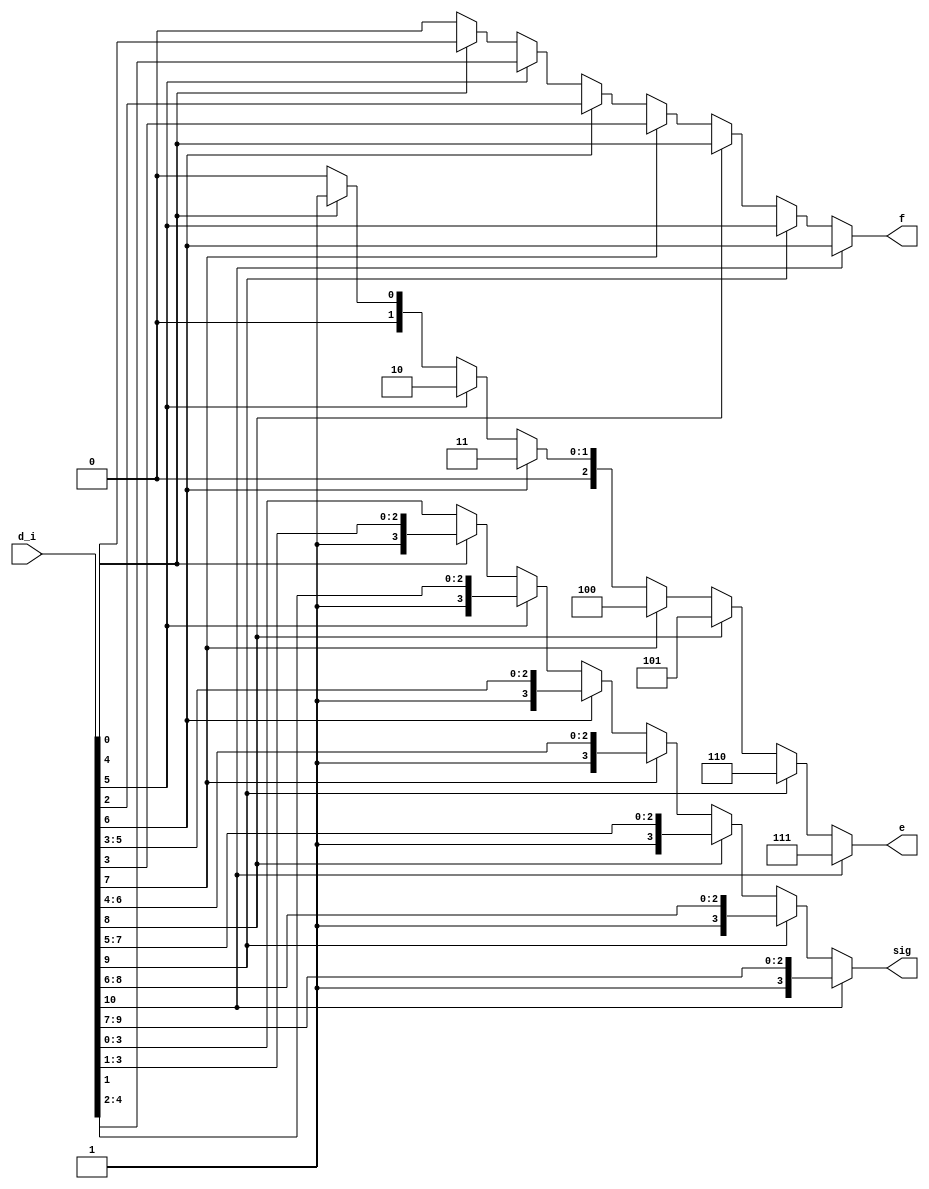
`timescale 1ns / 1ps
//////////////////////////////////////////////////////////////////////////////////
// Company: 
// Engineer: 
// 
// Design Name: 
// Module Name:    count_leading_zeros 
// Project Name: 
// Target Devices: 
// Tool versions: 
// Description: 
//
// Dependencies: 
//
// Revision: 
// Revision 0.01 - File Created
// Additional Comments: 
//
//////////////////////////////////////////////////////////////////////////////////
module count_leading_zeros(
	//Input
	d_i,
	//Output
	e, sig, f
    );

	input [10:0] d_i;
	
	reg [10:0] d;
	
	output reg [2:0] e;
	output reg [3:0] sig;
	output reg f;
	
	always @(*)
		begin
		
			d = d_i;

			if (d[10] == 1)
				begin
					e = 7;
					sig = d[10:7];
					f = d[6];
				end
			else if (d[9] == 1)
				begin
					e = 6;
					sig = d[9:6];
					f = d[5];
				end
			else if (d[8] == 1)
				begin
					e = 5;
					sig = d[8:5];
					f = d[4];
				end
			else if (d[7] == 1)
				begin
					e = 4;
					sig = d[7:4];
					f = d[3];
				end
			else if (d[6] == 1)
				begin
					e = 3;
					sig = d[6:3];
					f = d[2];
				end
			else if (d[5] == 1)
				begin
					e = 2;
					sig = d[5:2];
					f = d[1];
				end
			else if (d[4] == 1)
				begin
					e = 1;
					sig = d[4:1];
					f = d[0];
				end
			else
				begin
					e = 0;
					sig = d[3:0];
					f = 0;
				end
			
		end

endmodule